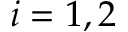
i = 1 , 2